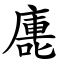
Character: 廤